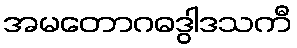
အမတောဂဓဒွါဒသကီ